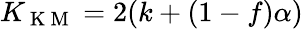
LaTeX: K_{\mathrm{~K~M~}}=2(k+(1-f)\alpha)